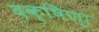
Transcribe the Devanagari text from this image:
दक्षिण्‍ा